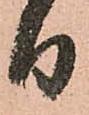
日